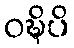
ဝဍ္ဎိပိ